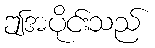
ဤအပိုင်းသည်